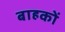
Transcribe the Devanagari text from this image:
बाहकों